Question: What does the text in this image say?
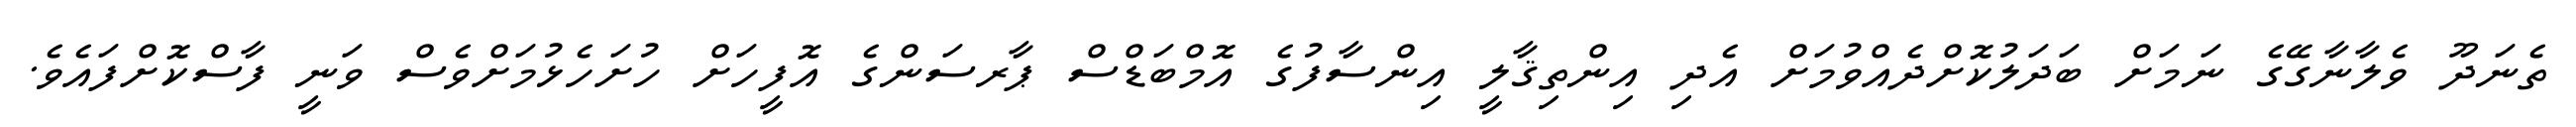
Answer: ތެނަދޫ ވެލާނާގޭގެ ނަމަށް ބަދަލުކޮށްދެއްވުމަށް އެދި އިންތިޤާލީ އިންސާފުގެ އޮމްބަޑްސް ޕާރސަންގެ އޮފީހަށް ހުށަހެޅުމަށްވެސް ވަނީ ފާސްކޮށްފައެވެ.